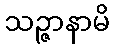
သဉ္ဇာနာမိ